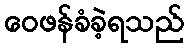
ဝေဖန်ခံခဲ့ရသည်